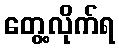
တွေ့လိုက်ရ